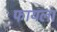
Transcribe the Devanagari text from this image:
फायला